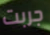
جربت